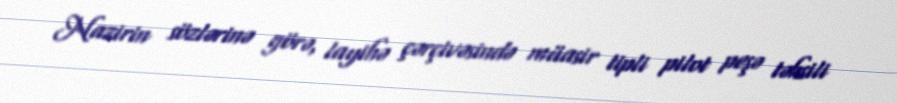
Nazirin sözlərinə görə, layihə çərçivəsində müasir tipli pilot peşə təhsili